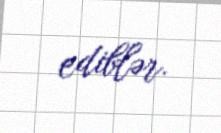
ediblər.